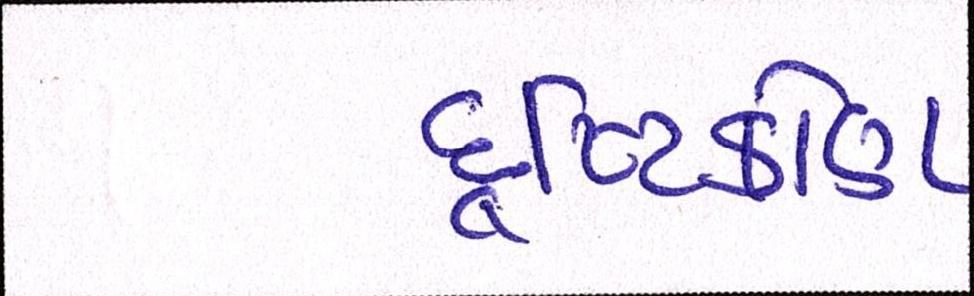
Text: દૃષ્ટિકોણ